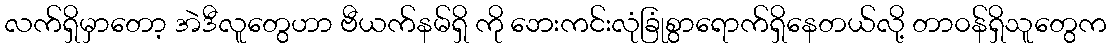
လက်ရှိမှာတော့ အဲဒီလူတွေဟာ ဗီယက်နမ်ရှိ ကို ဘေးကင်းလုံခြုံစွာရောက်ရှိနေတယ်လို့ တာ၀န်ရှိသူတွေက